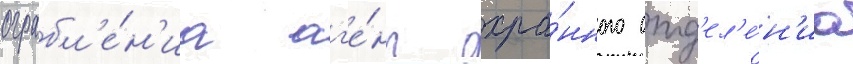
ограбл'е́н'иа аг'е́нт охра́нного отд'ел'е́н'иа